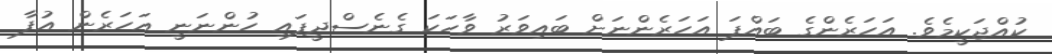
ކުއްޖަކީމެވެ. އަހަރެންގެ ބައްޕަ އަހަރެންނަށް ބައިވަރު ވާހަކަ ގެނެސްދީފައި ހުންނަނީ އަހަރެން އުފާ